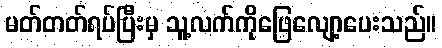
မတ်တတ်ရပ်ပြီးမှ သူ့လက်ကိုဖြေလျော့ပေးသည်။